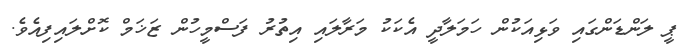
ޕީ ލަންޑަންގައި ވަޅިއަކުން ހަމަލާދީ އެކަކު މަރާލައި އިތުރު ފަސްމީހުން ޒަޚަމް ކޮށްލައިފިއެވެ.